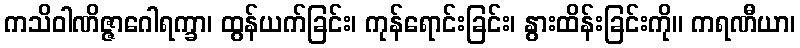
ကသိဝါဏိဇ္ဇာဂေါရက္ခာ၊ ထွန်ယက်ခြင်း၊ ကုန်ရောင်းခြင်း၊ နွားထိန်းခြင်းကို။ ကရဏီယာ၊